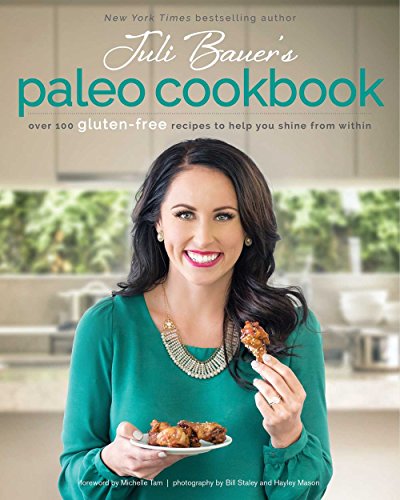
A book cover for Juli Bauer's Paleo Cookbook: Over 100 Gluten-Free Recipes to Help You Shine from Within; Juli Bauer; Cookbooks, Food & Wine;